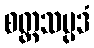
စတ္ထသမ္ပဒံ